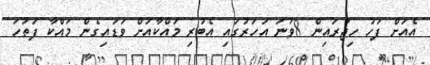
އެއަށް ފަހު ހިޖުރައިން 8ވަނަ އަހަރުގައި އެބުރި މައްކާއަށް ވަޑައިގެން މައްކާ ފަތަހަ